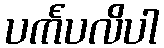
ပင်္ကပလိပါ